Lunatic asylums in Bengal annual reports 1888-1898 - 1888-1898
Year: 1888
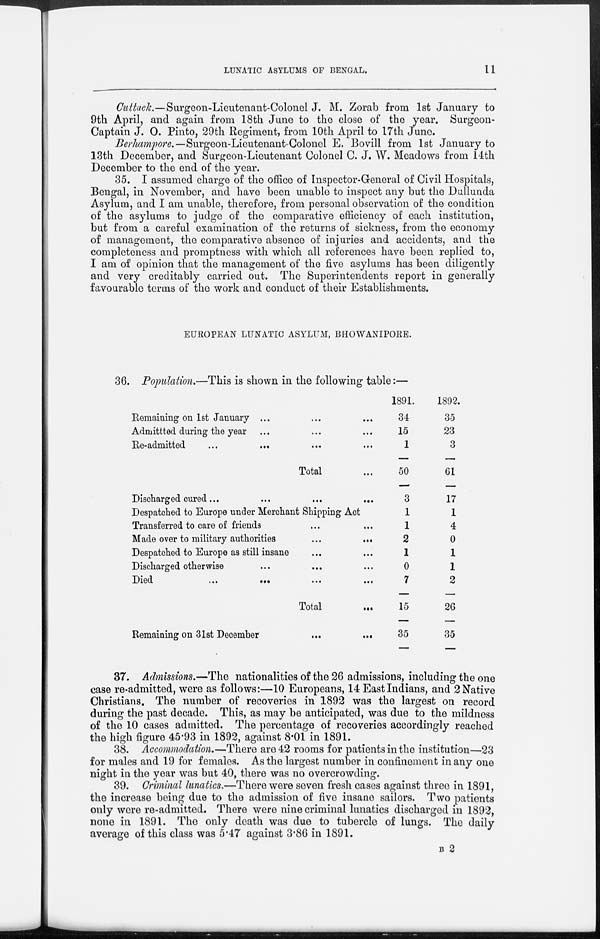
LUNATIC ASYLUMS OF BENGAL.
11
Cuttack.—Surgeon-Lieutenant-Colonel J. M. Zorab from 1st January to
9th April, and again from 18th June to the close of the year. Surgeon-
Captain J. O. Pinto, 29th Regiment, from 10th April to 17th June.
Berhampore.—Surgeon-Lieutenant-Colonel E. Bovill from 1st January to
13th December, and Surgeon-Lieutenant Colonel C. J. W. Meadows from 14th
December to the end of the year.
35. I assumed charge of the office of Inspector-General of Civil Hospitals,
Bengal, in November, and have been unable to inspect any but the Dullunda
Asylum, and I am unable, therefore, from personal observation of the condition
of the asylums to judge of the comparative efficiency of each institution,
but from a careful examination of the returns of sickness, from the economy
of management, the comparative absence of injuries and accidents, and the
completeness and promptness with which all references have been replied to,
I am of opinion that the management of the five asylums has been diligently
and very creditably carried out. The Superintendents report in generally
favourable terms of the work and conduct of their Establishments.
EUROPEAN LUNATIC ASYLUM, BHOWANIPORE.
36. Population.—This is shown in the following table:—
Remaining on 1st January ... ... ...
Admittted during the year ... ... ...
Re-admitted
...
... ... ...
Total ...
Discharged cured ...
...
...
...
Despatched to Europe under Merchant Shipping Act
Transferred to care of friends ... ...
Made over to military authorities
...
...
Despatched to Europe as still insane ... ...
Discharged otherwise ... ... ...
Died
...
...
...
...
Total ...
Remaining on 31st December
...
...
1891.
34
15
1
50
3
1
1
2
1
0
7
15
35
1892.
35
23
3
61
17
1
4
0
1
1
2
26
35
37. Admissions.—The nationalities of the 26 admissions, including the one
case re-admitted, were as follows:—10 Europeans, 14 East Indians, and 2 Native
Christians. The number of recoveries in 1892 was the largest on record
during the past decade. This, as may be anticipated, was due to the mildness
of the 10 cases admitted. The percentage of recoveries accordingly reached
the high figure 45.93 in 1892, against 8.01 in 1891.
38. Accommodation.—There are 42 rooms for patients in the institution—23
for males and 19 for females. As the largest number in confinement in any one
night in the year was but 40, there was no overcrowding.
39. Criminal lunatics.—There were seven fresh cases against three in 1891,
the increase being due to the admission of five insane sailors. Two patients
only were re-admitted. There were nine criminal lunatics discharged in 1892,
none in 1891. The only death was due to tubercle of lungs. The daily
average of this class was 5.47 against 3.86 in 1891.
B 2